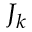
J _ { k }